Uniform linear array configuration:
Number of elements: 8
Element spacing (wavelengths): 0.75
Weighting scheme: hann
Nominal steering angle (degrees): -15
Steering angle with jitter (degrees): -13.173
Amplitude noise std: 0.05
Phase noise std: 0.05

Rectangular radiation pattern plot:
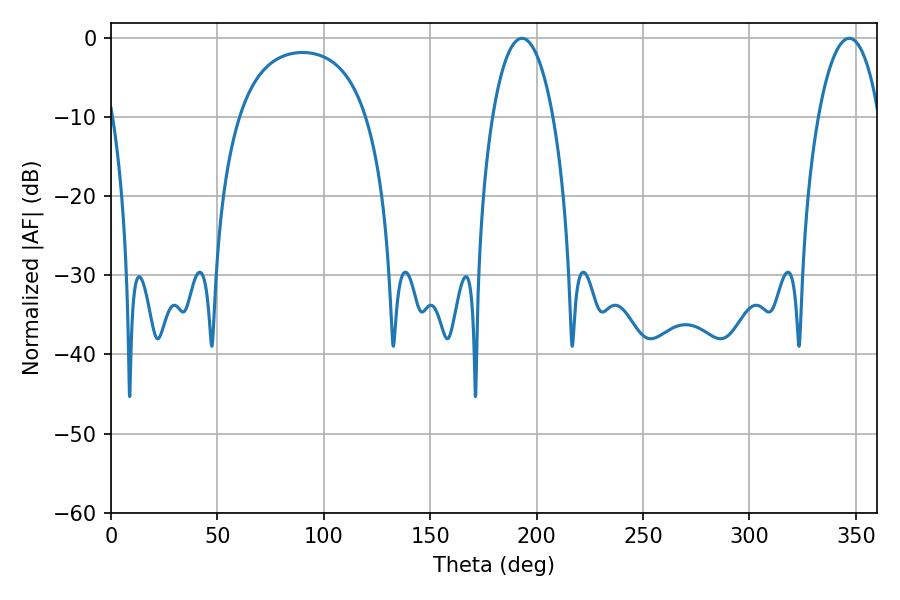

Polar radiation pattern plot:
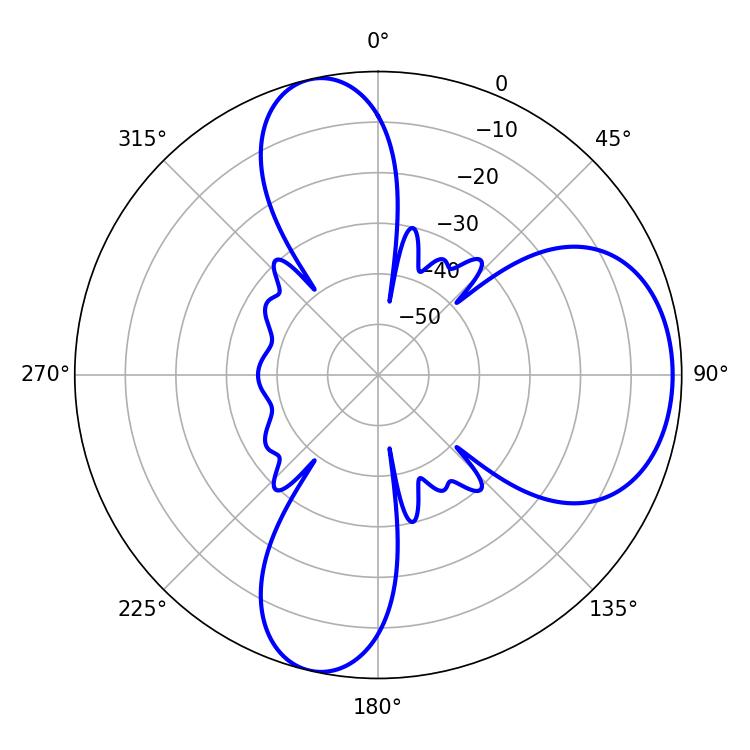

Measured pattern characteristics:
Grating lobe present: TRUE
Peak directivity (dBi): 7.919
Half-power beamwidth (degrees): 16.02
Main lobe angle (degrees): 193.14